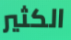
الكثير